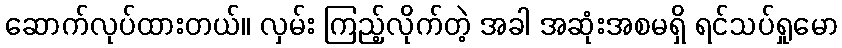
ဆောက်လုပ်ထားတယ်။ လှမ်း ကြည့်လိုက်တဲ့ အခါ အဆုံးအစမရှိ ရင်သပ်ရှုမော